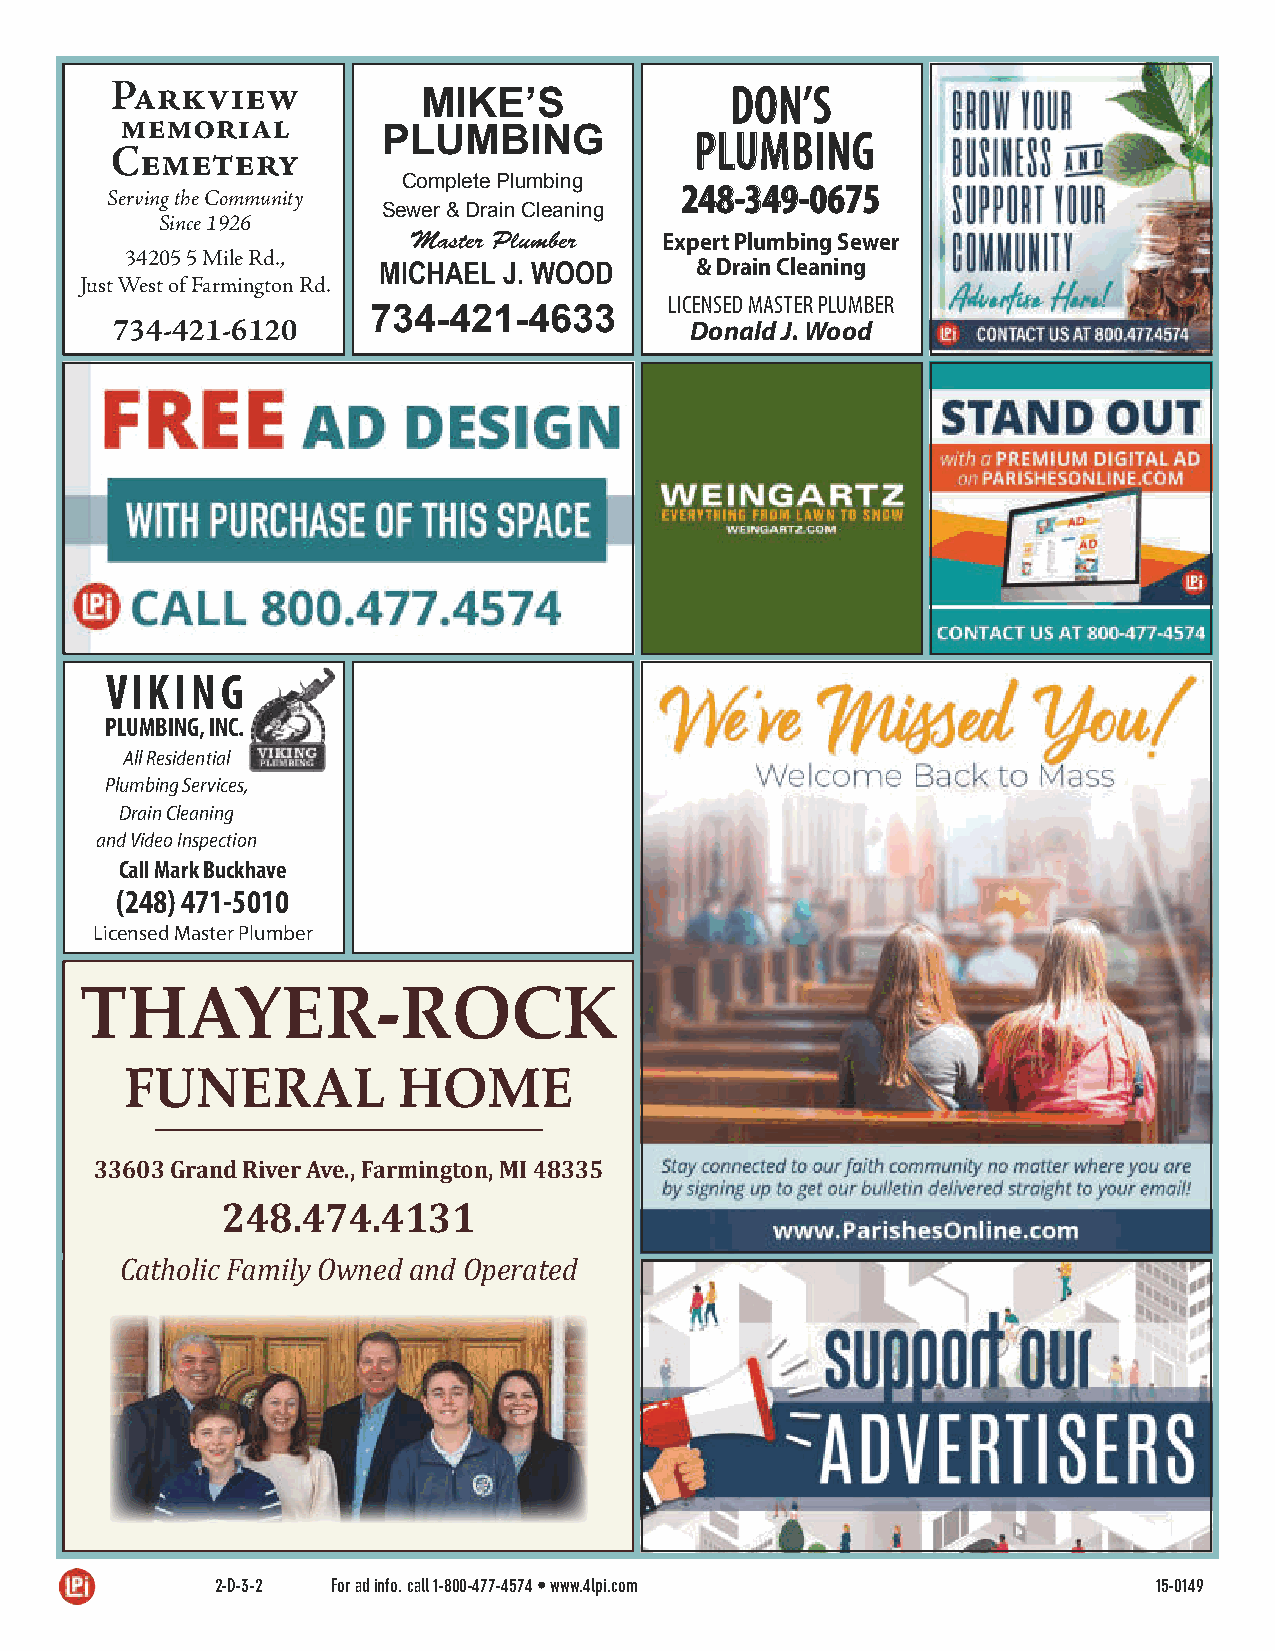
Parkview                                 DDOONN’’SS
 MIKE’S
 memorial
 PLUMBING             PPLLUUMMBBIINNGG
 Cemetery
 Complete Plumbing
 224488--334499--00667755
 Serving the Community
 Sewer & Drain Cleaning
 Since 1926
 Master Plumber   Expert Plumbing Sewer
 34205 5 Mile Rd.,
 MICHAEL J. WOOD      & Drain Cleaning
 Just West of Farmington Rd.
 LICENSED MASTER PLUMBER
 734-421-4633
 734-421-6120                           Donald J. Wood
 VIKING
 PLUMBING, INC.
 All Residential
 Plumbing Services,
 Drain Cleaning
 and Video Inspection
 Call Mark Buckhave
 (248) 471-5010
 Licensed Master Plumber
 THAYER-ROCK
 FUNERAL           HOME
 33603 Grand River Ave., Farmington, MI 48335
 248.474.4131
 Catholic Family Owned and Operated
 2-D-3-2 For ad info. call 1-800-477-4574 • www.4lpi.com        15-0149